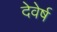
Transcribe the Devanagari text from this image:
देवेर्ष